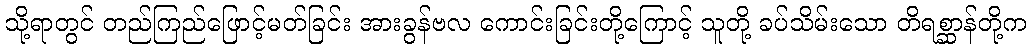
သို့ရာတွင် တည်ကြည်ဖြောင့်မတ်ခြင်း အားခွန်ဗလ ကောင်းခြင်းတို့ကြောင့် သူတို့ ခပ်သိမ်းသော တိရစ္ဆာန်တို့က